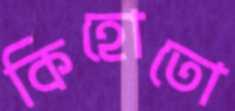
কিহোতো